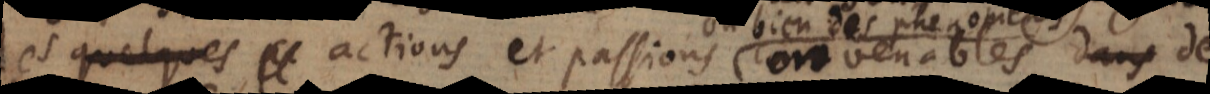
de quelques des actions et passions convenables dans de